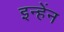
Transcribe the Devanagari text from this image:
इन्हेंन